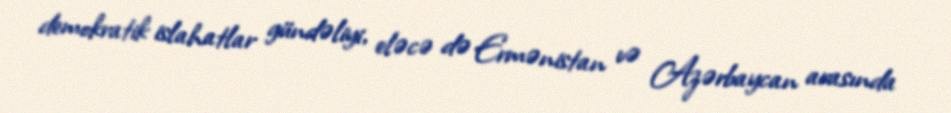
demokratik islahatlar gündəliyi, eləcə də Ermənistan və Azərbaycan arasında